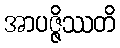
အာပဇ္ဇိဿတိ